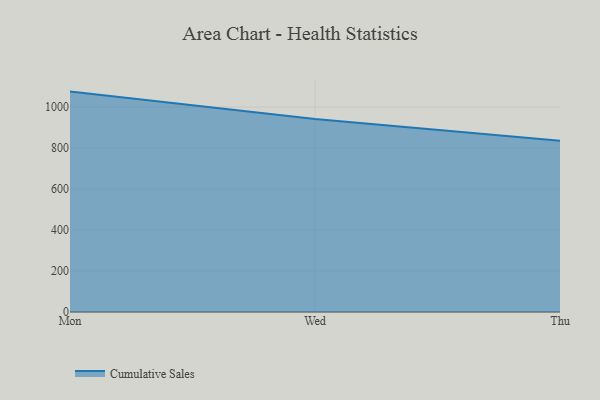
{"axis": {"x": "Day", "y": "Market Share (%)"}, "legend": ["Cumulative Sales"], "data": [{"x": "Mon", "y": 1075.6, "type": "Cumulative Sales"}, {"x": "Wed", "y": 942.1, "type": "Cumulative Sales"}, {"x": "Thu", "y": 836.0, "type": "Cumulative Sales"}]}